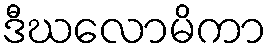
ဒီဃလောမိကာ